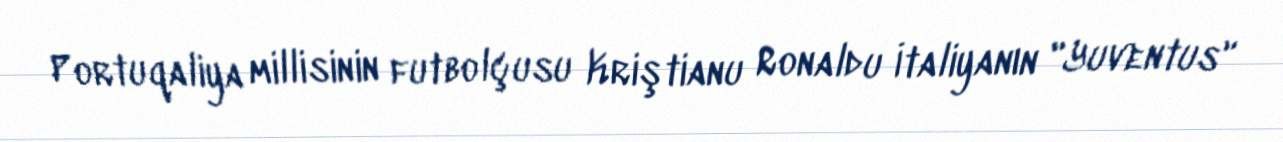
Portuqaliya millisinin futbolçusu Kriştianu Ronaldu İtaliyanın "Yuventus"